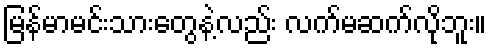
မြန်မာမင်းသားတွေနဲ့လည်း လက်မဆက်လိုဘူး။